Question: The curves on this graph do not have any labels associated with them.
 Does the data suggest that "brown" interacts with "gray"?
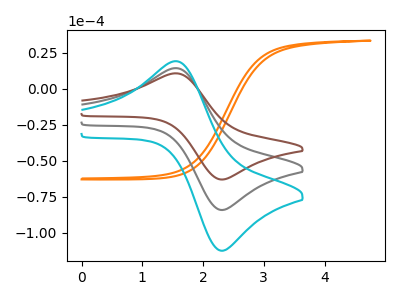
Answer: <think>The orange curve "orange" has no peaks. The gray curve "gray" has an anodic peak at (1.55V, 14.35uA) and a cathodic peak at (2.30V, -84.15uA). The brown curve "brown" has an anodic peak at (1.55V, 10.75uA) and a cathodic peak at (2.30V, -63.00uA). The cyan curve "cyan" has an anodic peak at (1.55V, 28.65uA) and a cathodic peak at (2.30V, -168.30uA).
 All the peaks in "brown" have a peak in "gray" at the same potential. Every peak in "brown" is lower than every peak in "gray".</think>
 <answer>No, "brown" and "gray" don't appear to be significantly different in shape</answer>
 <eval>no_change</eval>